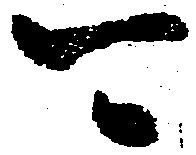
可